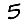
Digit: 5